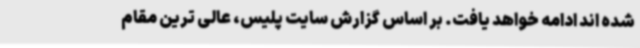
شده اند ادامه خواهد یافت. بر اساس گزارش سایت پلیس، عالی ترین مقام